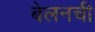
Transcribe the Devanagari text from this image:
बेलनची